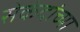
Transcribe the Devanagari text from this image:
सेकंदांच्या